Calcutta medical institutions reports 1871-78
Year: 1871
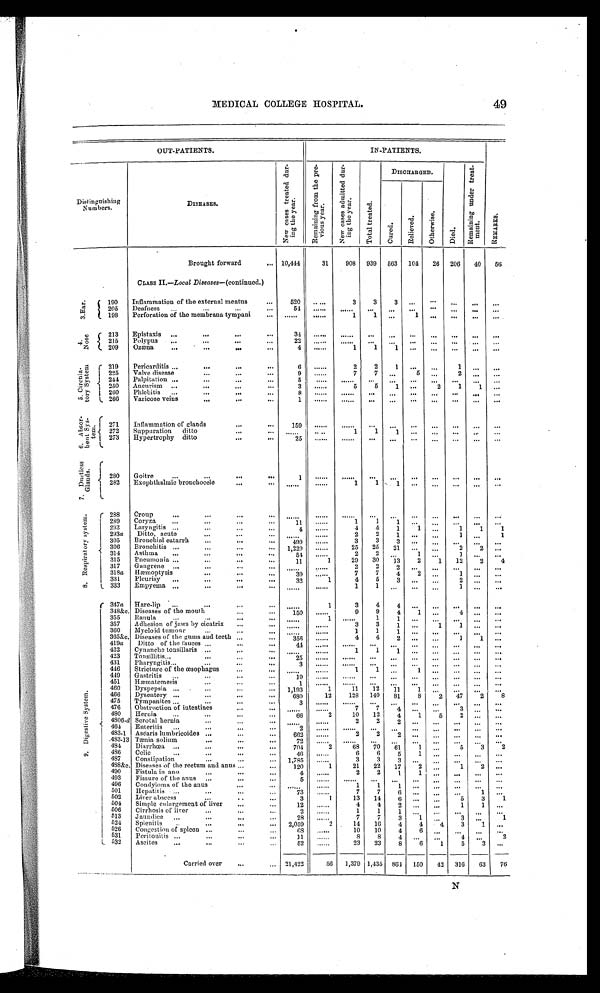
MEDICAL COLLEGE HOSPITAL.
49
OUT-PATIENTS.
IN-PATIENTS.
Distinguishing
Numbers.
DISEASES.
N e w c a s e s t r e a t e d d u r i n g t h e y e a r .
R e m a i n g f r o m t h e p r e v i o u s y e a r .
N e w c a s e s a d m i t t e d d u r i n g t h e y e a r .
T o t a l t r e a t e d .
DISCHARGED.
R e m a i n i n g u n d e r t r e a t m e n t .
R E MA R K S .
C u r e d .
R e l i e v e d .
O t h e r w i s e .
D i e d .
Brought forward... 10,444
31
908 939 563 104
26 206 40 56
C L A S S I I —
L o c a l D i s e a s e s
— ( C o n t i n u e d . )
3 . E a r . 190 Inflammation of the
external meatus. ...
. . .
...
520 ......
3
3
3
. . .
. . .
. . .
. . . ...
205 Deafness ...
...
...
...
54 ...... ...... ... ... ... ... ••• ... ... ...
198 Perforation of the membrana tympani ... ...
. . . . . . . .......
1
1 ...
1
. . . . . . .
. . . ...
4 . N o s e . 213 Epistaxis ...
. . .
. . .
. . .
34 .......
. . . . . . . . .
. . .
. . . ...
. . .
. . . ...
215 Polypus ...
...
. . .
. . .
22 .......
. . . . . . .
. . . . . .
. . .
. . . ...
. . . ...
209 Ozæna
...
...
. . .
...
4 ......
1
1
1 ... ... ... ... ...
5 . c i r c u l a t o r y s y s t e m . 219 Pericarditis ... . . .
...
...
6 ......
2
2
1 . . .
. . .
. . . 1 ... ...
225 Valve disease
...
...
...
9 ......
7
7
. . .
5 ...
2
. . . ...
244 Palpitation ...
. . .
. . .
. . . . . .
5
. . . ... ...
. . .
. . . ... ...
250 Aneurism
. . .
. . .
...
. . .
3 ......
5
5
1 ...
2
1
1 ...
260 Phlebitis ...
...
....
. . . 8 ......
. . . . . .
. . .
. . .
. . .
. . .
. . .
. . .
...
266 Varicose veins
. . .
. . .
...
1 ......
. . . . . . ... . . .
. . .
. . .
. . .
. . . ...
6 . A b s o r b e n t s y s t e m . 271 Inflammation of glands
...
. . . 159
.......
. . . . . . ...
. . .
. . .
... ...
. . . ...
272 Suppuration ditto
...
. . . ...... .. . .
1
1
1
. . .
. . .
. . .
. . . ...
273 Hypertrophy ditto
...
...
25 ......
. . . . . .
. . .
. . .
. . .
. . .
. . .
. . .
. . .
7 . D u c t l e s s G l a n d s .
280 Goitre
. . . . . .
. . .
. . .
1
......
. . . . . .
. . .
. . .
. . .
. . .
. . .
. . . ...
282 Exophthalmic bronchocele
...
. . . ......
.......
1
1 1
. . . ...
. . .
. . .
. . .
8 . R e s p i r a t o r y s y s t e m . 288 Croup
...
...
. . .
... ......
...
. . . . . .
. . .
. . .
. . .
. . .
. . . ...
289 Coryza
. . .
. . .
...
...
1 1
......
1
1
1
. . .
. . . ...
. . .
...
293 Laryngitis ...
. . .
...
...
4 ......
4
4
1
1 . . .
1
1
1
293a Ditto, acute
...
. . .
. . .
. . . . . .
......
2
2
1
. . . . . . 1 . . .
1
305 Bronchial catarrh ...
. . .
. . .
499 ......
3
3
3
. . . . . . .
. . . . . .
. . .
306 Bronchitis...
...
...
. . . 1,229 ......
25 25 21 ... ...
2
2 ...
314 Asthma
. . . . . .
...
...
5 4
......
2
2 ...
1 ...
3 ... ...
315 Pneumonia ... ...
. . .
. . .
11
1
29 30 13
2
1 12
2
4
317 Gangrene ... ...
...
. . .
. . . . . .
......
2
2
2
. . . . . . ... ... ...
318a Hæmoptysis
...
...
. . .
3 9
......
7
7
4
2 . . . 1 . . .
. . .
331 Pleurisy . . . . . .
...
. . .
32
1
4
5
3
. . . . . . 2 . . .
. . .
333 Empyema
. . .
. . .
...
. . . ......
......
1
1 ...
. . .
. . .
1 . . .
. . .
9 . D i g e s t i v e s y s t e m .
347a Hare-lip ...
...
. . .
. . . ......
1
3
4
4
. . .
. . .
. . . . . . ...
348&c. Diseases of the mouth
. . .
... 150 ......
9
9
4
1 . . .
4 ... ...
355 Ranula
...
...
. . .
. . . ......
1 ......
1
1 ... ... ... ... ...
357 Adhesion of jaws by cicatrix
. . .
. . . ......
3
3
1 ...
1
1 ... ...
360 Myeloid tumour
...
. . .
. . .
...... ......
1
1
1
. . .
. . .
. . . . . . ...
365&c. Diseases of the gums and teeth . . .
...
3 5 6
......
4
4
2
. . .
. . . 1
1 ...
419a Ditto of the fauces . . .
...
...
4 4
......
. . . . . .
. . . . . .
. . . ...
. . . ...
422 Cynanche tonsillaris ...
...
. . . .
. . . . . .
......
1
1
1
. . .
. . . . . .
. . . ...
423 Tonsillitis...
. . .
...
. . .
25 ......
. . . . . .
. . .
. . . . . .
. . . . . .
. . . ...
431 Pharyngitis...
...
...
...
3 ......
. . . . . . . . .
. . .
. . .
. . .
. . . . . .
. . .
446 Stricture of the œsophagus
...
1
1 ...
1
. . .
. . . . . . ...
449 Gastritis ... . . .
...
...
19 ...
. . . . . .
. . . ...
. . .
. . . . . . .
. . .
451 Hæmatemesis
...
. . .
. . .
1 ......
. . . . . . . . .
. . . . . .
. . .
. . . . . . ...
460 Dyspepsia ... ...
...
. . . 1,193 1
11 12
1 1 1
. . . . . .
. . . ...
466 Dysentery ...
...
. . .
...
680
12 128 140 81
8
2 47
2
8
475 Tympanites ...
...
. . .
3 ......
. . . . . . . . .
. . .
. . .
. . .
. . . . . . ...
476 Obstruction of intestines
. . .
...
. . . . . .
.....
7
7
4
. . .
. . .
3 . . .
. . .
480 Hernia ...
...
...
. . . 66
2
10 12
4
1
5
2
. . . ...
4 8 0 6 - d Scrotal hernia
...
. . . ......
......
2
2
2
. . .
. . .
. . . . . . ...
464 Enteritis ...
...
. . .
. . . .
2 ......
. . . . . . ...
. . .
. . .
. . .
. . . .
. . .
. . .
483.1 As
ć a r i s l u m b r i c o i d e s
. . .
...
...
662 ......
2
2
2
. . .
. . .
. . .
. . .
...
483-13 Tænia solium
...
. . .
. . .
72 ......
. . . . . . . . .
. . .
. . .
. . .
. . .
. . .
. . .
484 Diarrhœa ...
...
...
. . . 704
2
68 70 61
1 ...
5
3
2
486 Colic
. . .
. . . .
...
. . . 46 ......
6
6
5
1 . . .
. . .
. . .
. . .
487 Constipation
...
...
. . . 1,785 ......
3
3
3
. . . . . . ... ... ...
488&c Diseases of the rectum and anus ...
...
120
1
21 22 17
2 . . .
1
2 ...
490 Fistula in ano...
...
. . .
4 ......
2
2
1
1 ... ... ... ...
493 Fissure of the anus
...
. . .
5 ......
. . . . . .
. . .
. . .
. . . . . .
. . .
. . .
...
496 Condyloma of the anus
...
. . . ...... ......
1
1
1
. . . . . .
. . .
. . .
...
501 Hepatitis ...
. . .
...
. . .
73 ......
7
7
6
. . . . . .
. . . 1
. . .
502 Liver abscess
...
...
...
3
1
13 14
6
. . . . . .
5
3
1
504 Simple enlargement of liver
. . .
. . . .
12 ......
4
4
2 . . .
. . .
1
1 ...
506 Cirrhosis of liver... ...
...
...
2 ......
1
1
1 . . .
. . .
. . . ...
. . .
513 Jaundice ... ...
. . .
. . .
28 ......
7
7
3
1
. . .
3 ...
1
524 Splenitis
. . .
. . .
. . . 2,059
2
14 16
4
4
4
3
1
. . .
526 Congestion of spleen . . .
...
...
6 8 ......
10 10
4
6 . . .
. . .
. . . . . .
531 Peritonitis ... ...
. . .
...
11 ......
8
8
4
. . . . . .
4
. . . 2
532 Ascites...
...
...
...
52 ......
23 23
8
6
1
5
3
. . .
Carried over
. . .
... 21,422
56 1,379 1,435 864 150 42 316 63 76